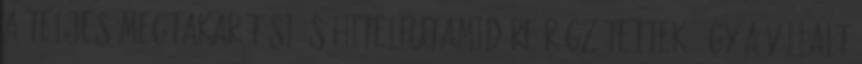
a teljes megtakarítási és hitelfutamidőre rögzítettek, így a vállalt